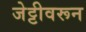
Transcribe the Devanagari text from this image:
जेट्टीवरून